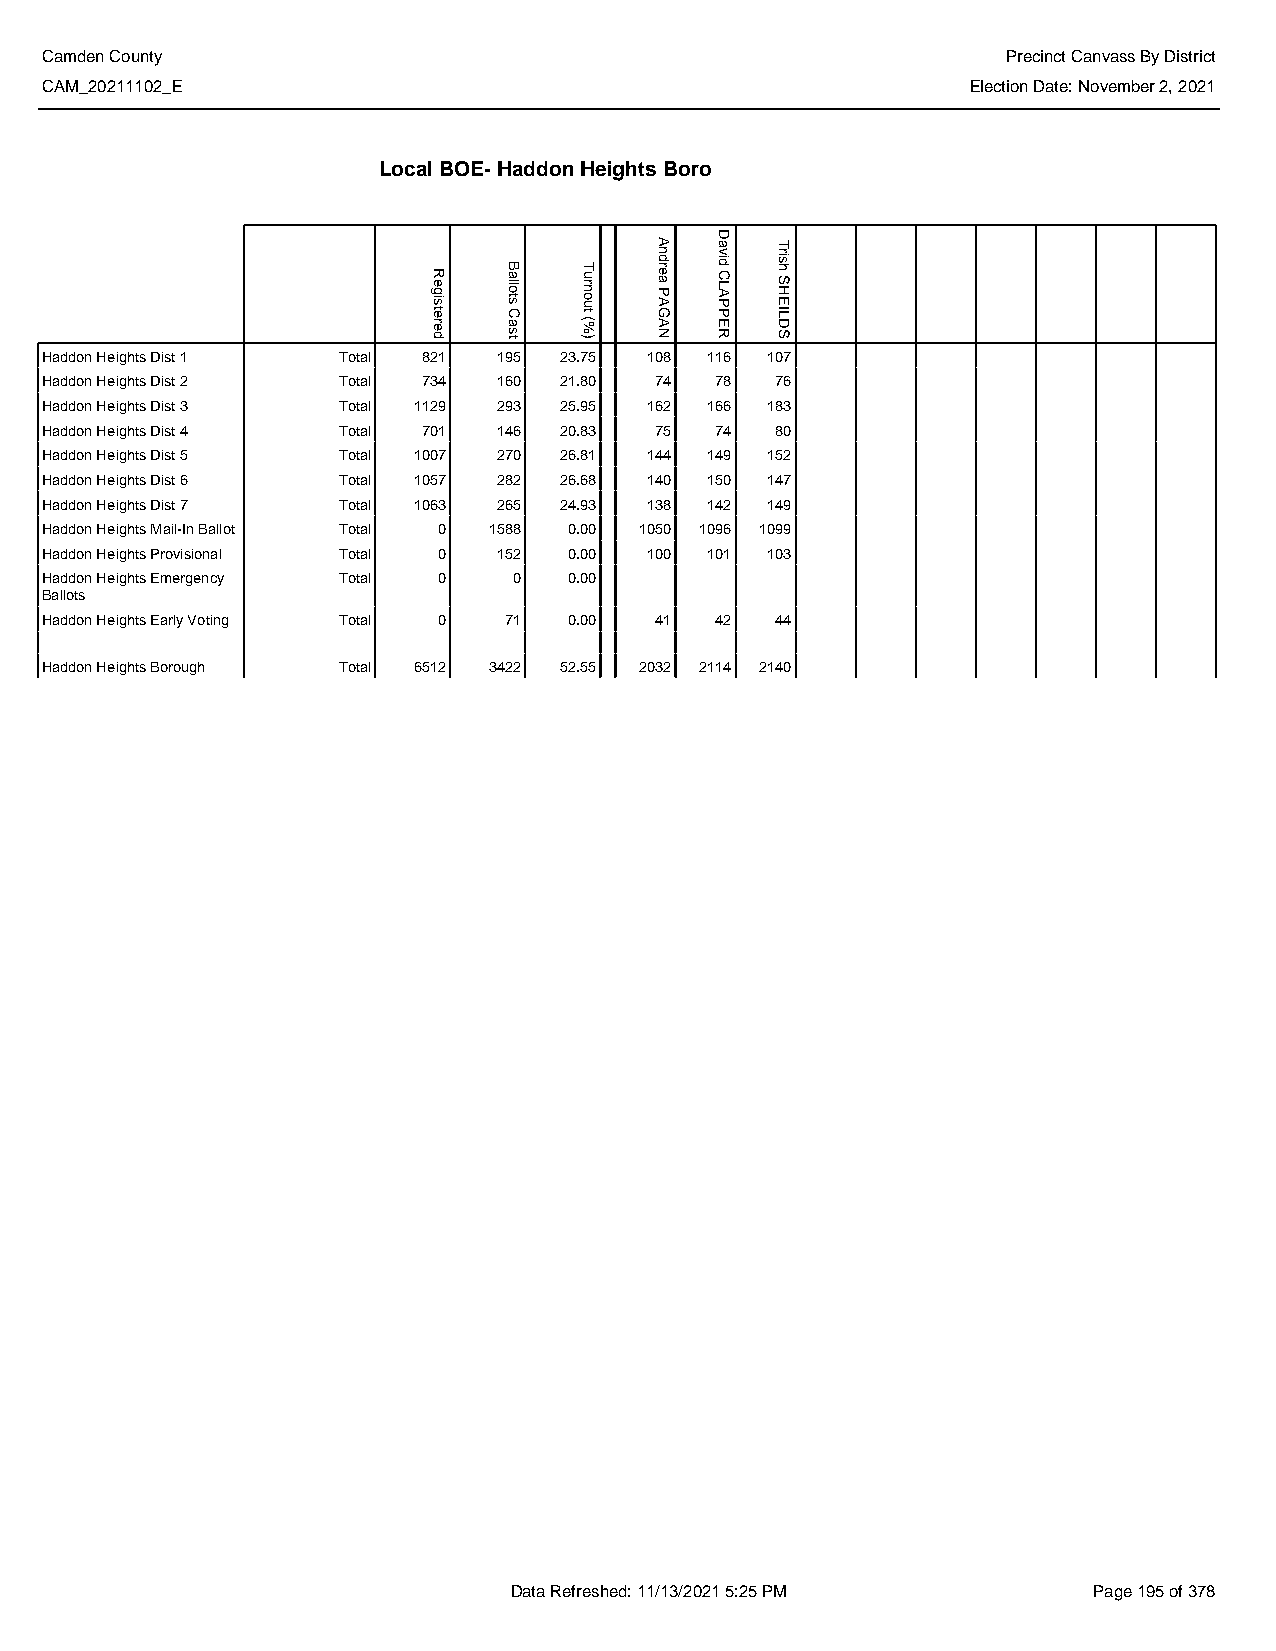
Camden County                                                   Precinct Canvass By District
 CAM_20211102_E                                               Election Date: November 2, 2021
 Local BOE- Haddon Heights Boro
 Haddon Heights Dist 1 Total 821 195 23.75 108 116 107
 Haddon Heights Dist 2 Total 734 160 21.80 74 78 76
 Haddon Heights Dist 3 Total 1129 293 25.95 162 166 183
 Haddon Heights Dist 4 Total 701 146 20.83 75 74 80
 Haddon Heights Dist 5 Total 1007 270 26.81 144 149 152
 Haddon Heights Dist 6 Total 1057 282 26.68 140 150 147
 Haddon Heights Dist 7 Total 1063 265 24.93 138 142 149
 Haddon Heights Mail-In Ballot Total 0 1588 0.00 1050 1096 1099
 Haddon Heights Provisional Total 0 152 0.00 100 101 103
 Haddon Heights Emergency Total 0 0 0.00
 Ballots
 Haddon Heights Early Voting Total 0 71 0.00 41 42 44
 Haddon Heights Borough Total 6512 3422 52.55 2032 2114 2140
 Data Refreshed: 11/13/2021 5:25 PM    Page 195 of 378
 Registered
 Ballots
 Cast
 Turnout
 (%)
 Andrea
 PAGAN
 David
 CLAPPER
 Trish
 SHEILDS